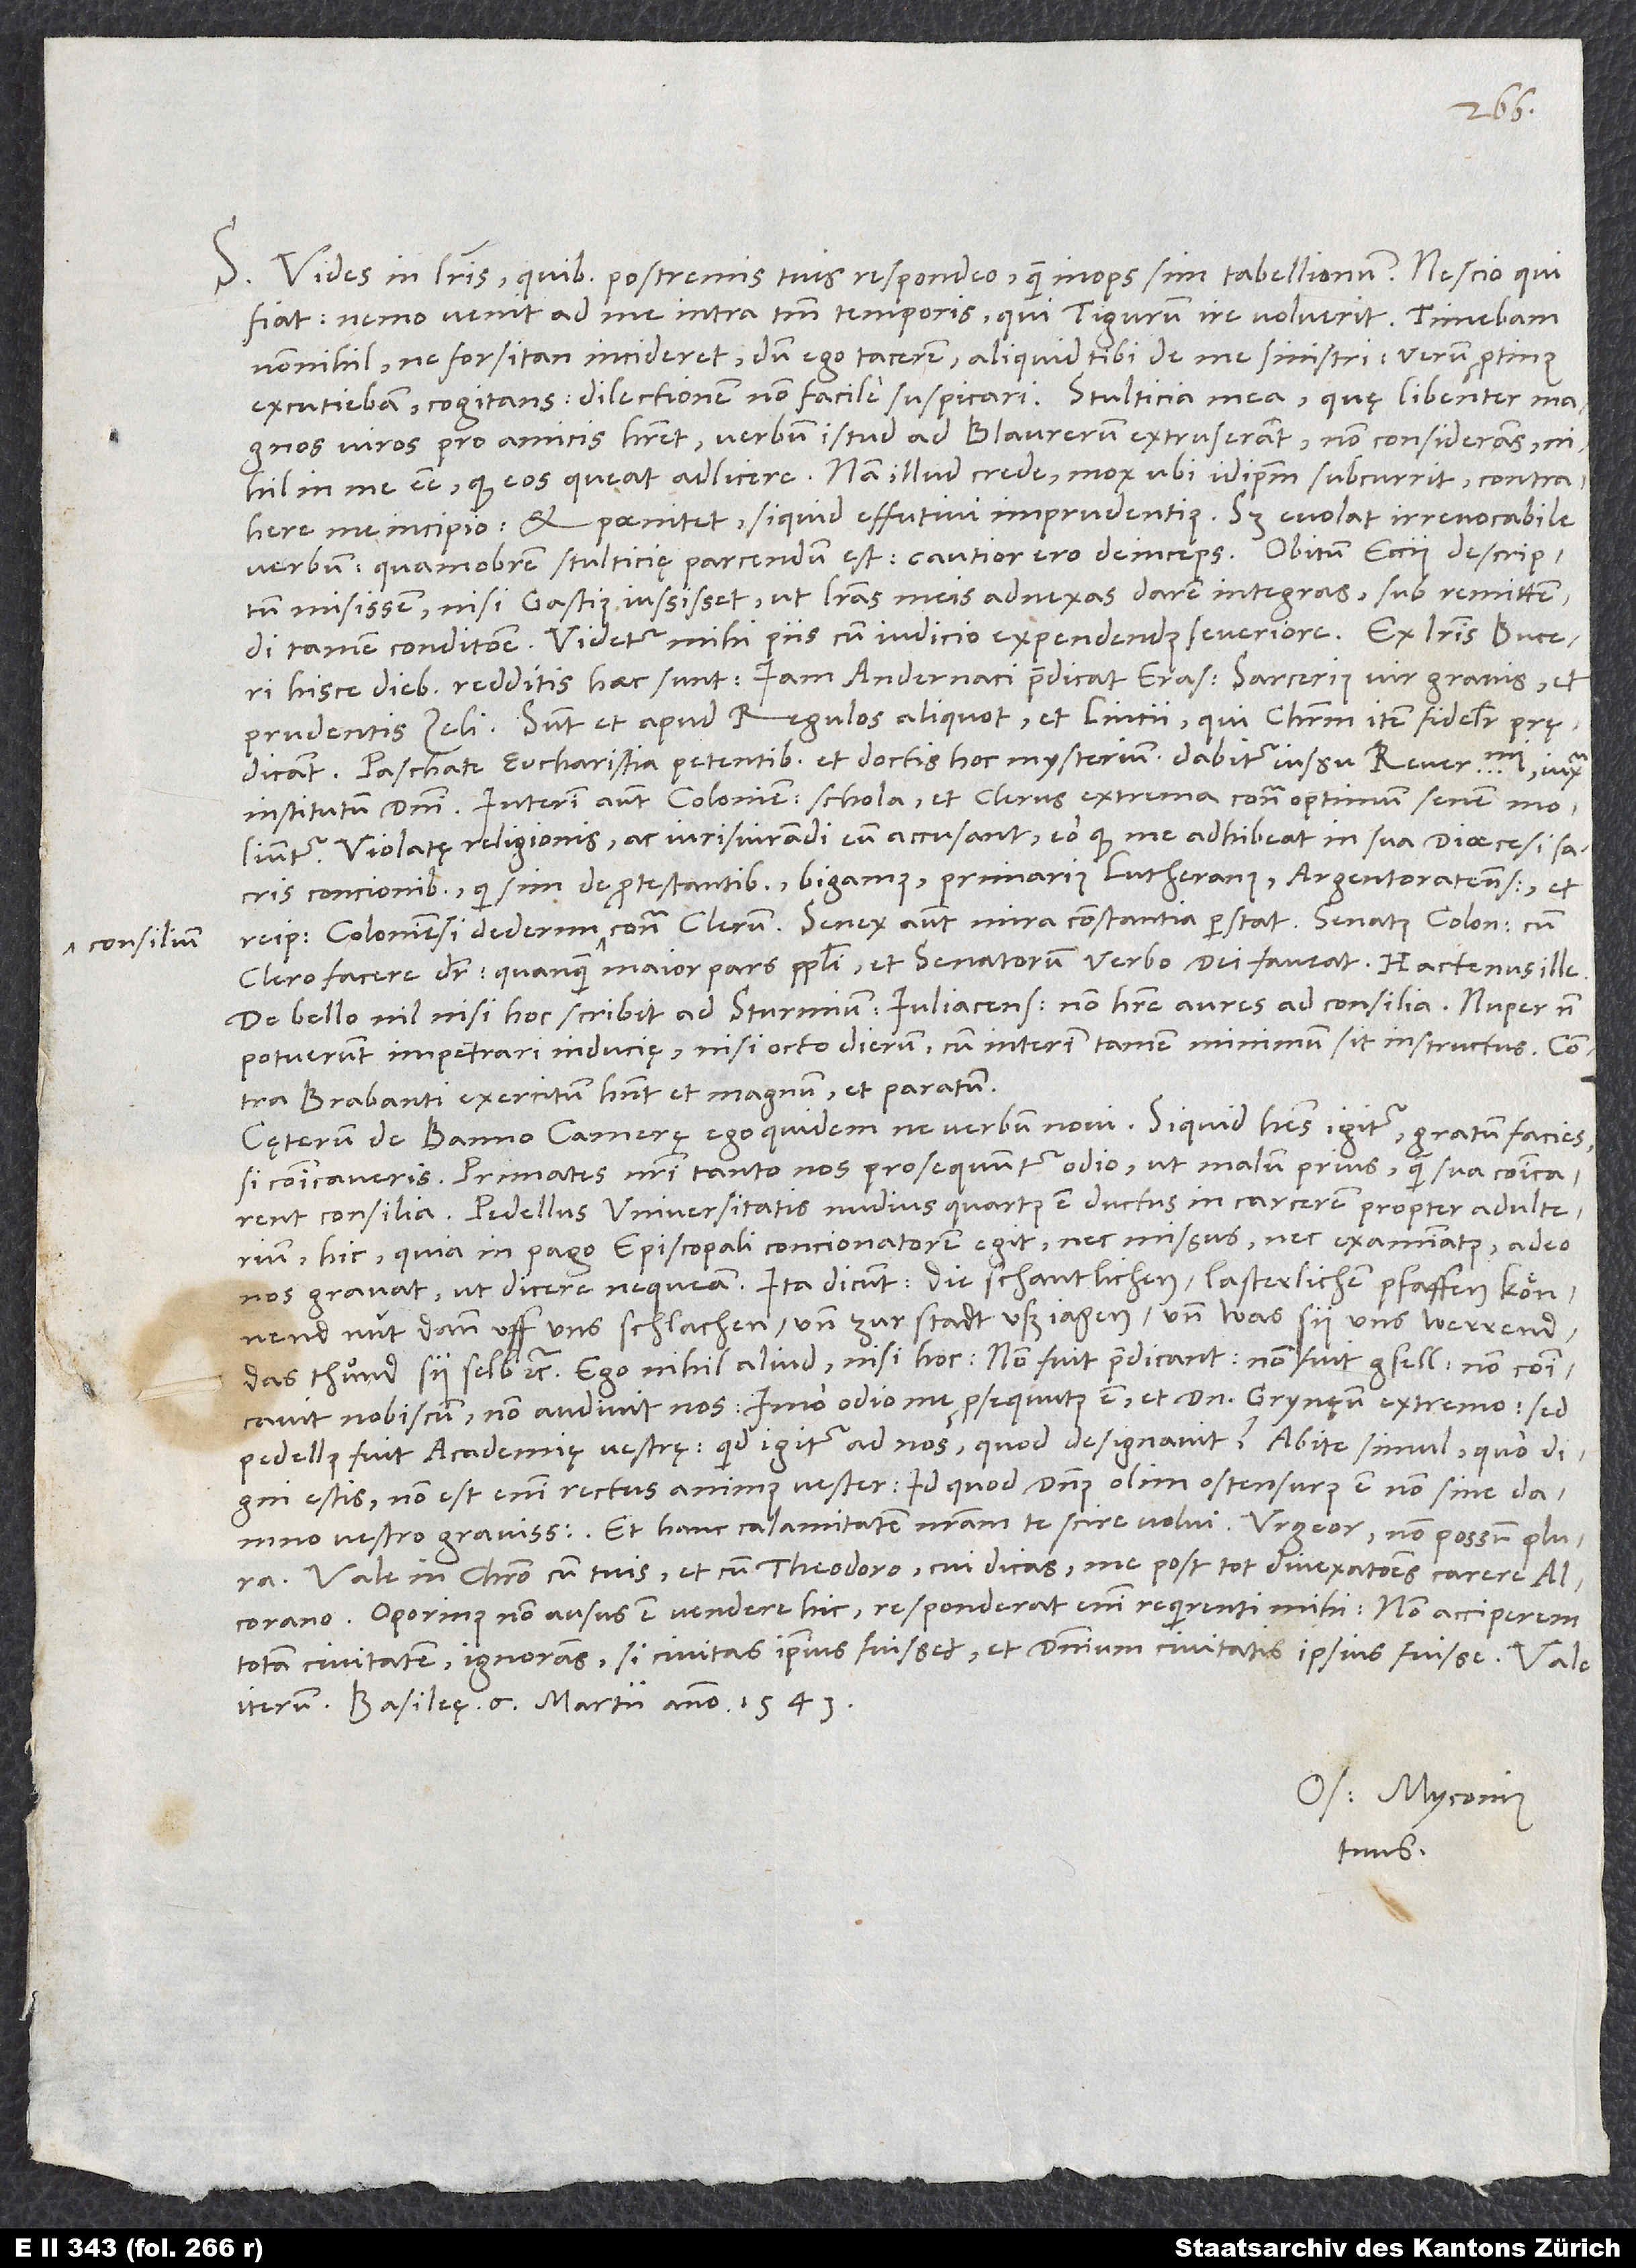
consilium

S. Vides in literis, quibus postremis tuis respondeo, quam inops sim tabellionum. Nescio, qui
fiat: Nemo venit ad me intra tantum temporis, qui Tigurum ire voluerit. Timebam
nonnihil, ne forsitan incideret, dum ego tacerem, aliquid tibi de me sinistri; verum protinus
excutiebam cogitans dilectionem non facile suspicari. Stulticia mea, quę libenter magnos
viros pro amicis haberet, verbum istud ad Blaurerum extruserat, non considerans
nihil in me esse, quod eos queat adlicere. Nam illud crede: Mox, ubi idipsum subcurrit, contrahere
me incipio, et paenitet, si quid effutivi imprudentius. Sed evolat irrevocabile
misissem, nisi Gastius iussisset, ut literas meis adnexas darem integras, sub remittendi
tamen conditione. Videtur mihi piis cum iudicio expendendum severiore.
hisce diebus redditis haec sunt: „Iam Andernaci praedicat Erasmus Sarcerius, vir gravis et
prudentis zeli. Sunt et apud regulos aliquot et Lincii, qui Christum item fideliter prędicant.
Paschate eucharistia petentibus et doctis hoc mysterium dabitur iussu reverendissimi iuxta
institutum domini. Interim autem Coloniensis schola et clerus extrema contra optimum senem moliuntur.
Violatę religionis ac iurisiurandi eum accusant eo, quod me adhibeat in sua dioecesi sacris
concionibus, qui sim de protestantibus, bigamus, primarius Lutheranus, Argentoratensis, et
dederim contra clerum. Senex autem mira constantia perstat. Senatus Coloniensis cum
clero facere dicitur, quanquam maior pars populi et senatorum verbo dei faveat.“ Hactenus ille.
De bello nil nisi hoc scribit ad Sturmium, Iuliacensem non habere aures ad consilia. Nuper non
potuerunt impetrari inducię nisi octo dierum, cum interim tamen minimum sit instructus. Contra
Brabanti exercitum habent et magnum et paratum.
Cęterum de banno camerę ego quidem ne verbum novi. Siquid habes igitur, gratum facies,
si communicaveris. Primates nostri tanto nos prosequuntur odio, ut malum prius quam sua communicarent
consilia. Pedellus universitatis nudius quartus est ductus in carcerem propter adulterium;
hic, quia in pago episcopali concionatorem egit nec missus nec examinatus, adeo
nos gravat, ut dicere nequeam. Ita dicunt: „Die schantlichen, lasterlichen pfaffen könnend
nüt dann uff uns schlachen und zur stadt uß jagen, und was sy uns werrend,
das thuͦnd sy selb“ etc. Ego nihil aliud nisi hoc: „Non fuit predicant, non fuit gsell, non communicavit
nobiscum, non audivit nos, imo odio me prosequutus est et dominum Grynęum extremo; sed
pedellus fuit academię vestrę. Quid igitur ad nos, quod designavit? Abite simul, quo digni
estis; non est enim rectus animus vester, id quod dominus olim ostensurus est non sine damno
vestro gravissimo.“ Et hanc calamitatem nostram te scire volui; urgeor, non possum plura.
Vale in Christo cum tuis et cum Theodoro, cui dicas me post tot divexationes carere
Alcorano. Oporinus non ausus est vendere hic; responderat enim requirenti mihi: „Non acciperem
totam civitatem“, ignorans, si civitas ipsius fuisset, et dominium civitatis ipsius fuisse. Vale
Basileę, 6. martii anno 1543.
Os. Myconius
tuus.